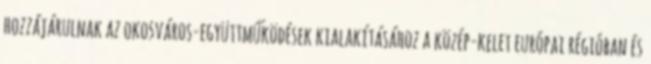
hozzájárulnak az okosváros-együttműködések kialakításához a közép-kelet európai régióban és